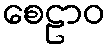
စေဠာဝ